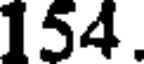
154.